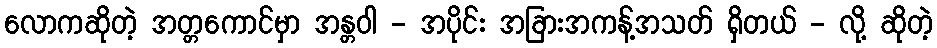
လောကဆိုတဲ့ အတ္တကောင်မှာ အန္တဝါ - အပိုင်း အခြားအကန့်အသတ် ရှိတယ် - လို့ ဆိုတဲ့